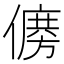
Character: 𠏛